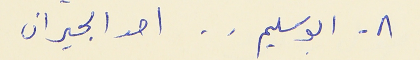
٨ - ابو سليم . . احد الجيران